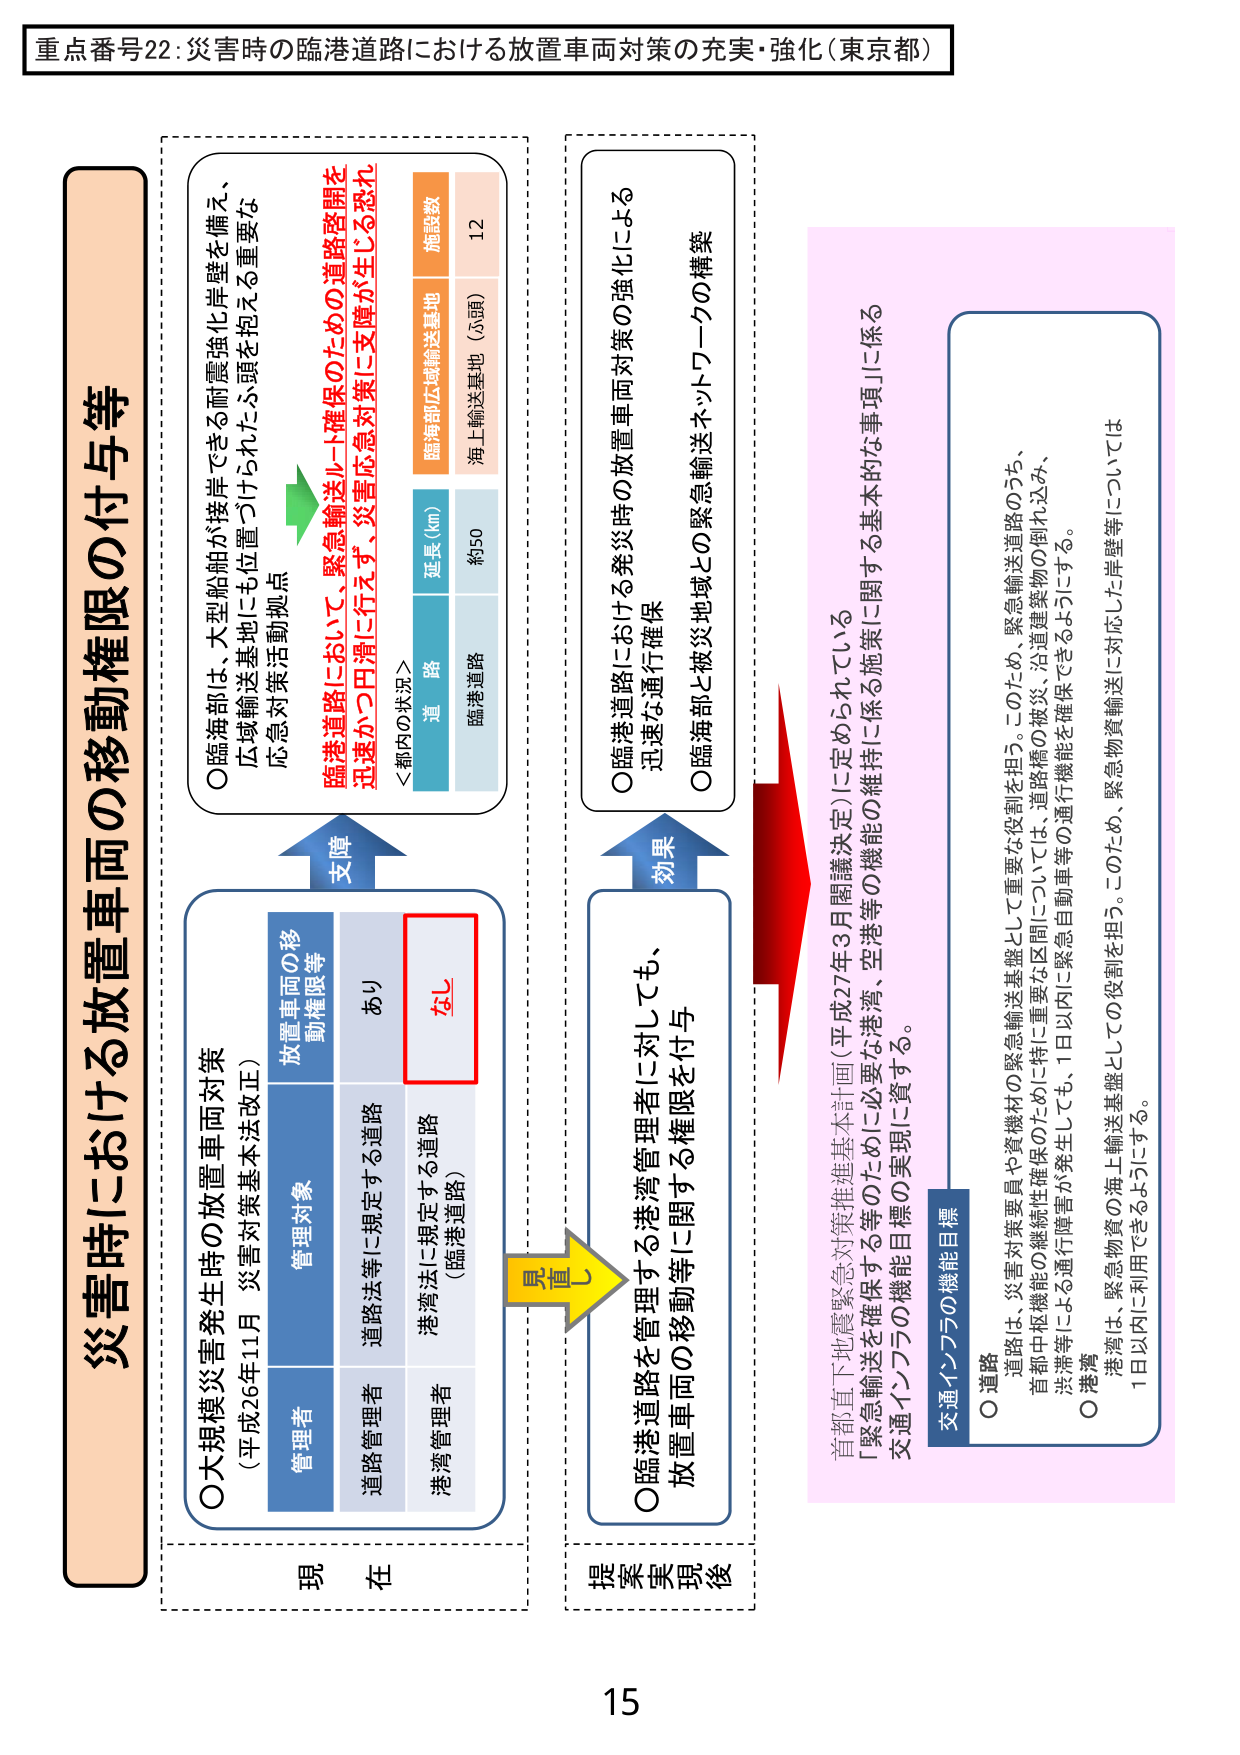
重点番号22:災害時の臨港道路における放置車両対策の充実・強化（東京都）

災害時における放置車両の移動権限の付与等

○大規模災害発生時の放置車両対策
（平成26年11月 災害対策基本法改正）

現 在

管理者
道路管理者
港湾管理者

管理対象
道路法等に規定する道路
港湾法に規定する道路
（臨港道路）

放置車両の移動権限等
あり
なし

＜都内の状況＞
道 路
臨港道路
延長（km）
約50
臨海部広域輸送基地
海上輸送基地（ふ頭）
施設数
12

○臨海部は、大型船舶が接岸できる耐震強化岸壁を備え、
広域輸送基地にも位置づけられ、災害対策活動拠点

臨港道路ににおいて、緊急輸送ルート確保のための道路啓開を
迅速かつ円滑に行えず、災害応急対策に支障が生じる恐れ

支障

具 置

提 案 実 現 後

○臨港道路を管理する港湾管理者に対しても、
放置車両の移動等に関する権限を付与

効果

○臨港道路における発災時の放置車両対策の強化による
迅速な通行確保
○臨海部と被災地域との緊急輸送ネットワークの構築

首都直下地震緊急対策推進基本計画（平成27年3月閣議決定）に定められている
「緊急輸送を確保する等のために必要な港湾、空港等の維持に係る施策に関する基本的な事項」に係る
交通インフラの機能目標

○道路
道路は、災害対策要員や資機材の緊急輸送基盤として重要な役割を担う。このため、緊急輸送道路のうち、
首都中枢機能の継続性確保のために特に重要な区間については、道路橋の被災、沿道建築物の倒れ込み、
渋滞等による通行障害が発生しても、1日以内に緊急自動車等の通行機能を確保できるようにする。

○港湾
港湾は、緊急物資の海上輸送基盤としての役割を担う。このため、緊急物資輸送に対応した岸壁等については
1日以内に利用できるようにする。

15